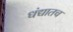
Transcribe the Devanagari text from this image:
धंद्यातच